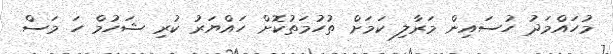
މުހައްމަދު ހުސައިން މަރާލި ކަމަށް ތުހުމަތުކޮށް ހައްޔަރު ކުރި ޝަހުމް ހަ މަސް